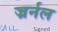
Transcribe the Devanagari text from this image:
ज्रर्नल